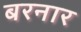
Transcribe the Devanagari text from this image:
बरनार